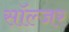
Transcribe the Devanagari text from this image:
साॅल्जर